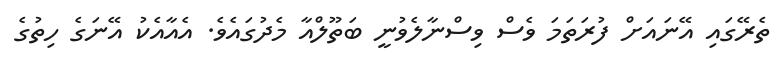
ތެރޭގައި އޭނައަށް ފުރަތަމަ ވެސް ވިސްނާލެވުނީ ބަތޫލްއާ މެދުގައެވެ. އެއާއެކު އޭނަގެ ހިތުގެ